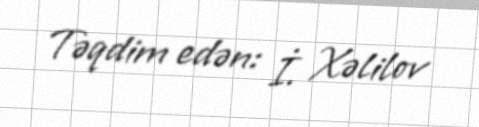
Təqdim edən: İ. Xəlilov